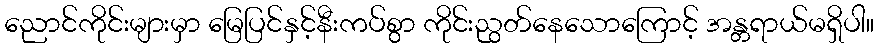
ညောင်ကိုင်းများမှာ မြေပြင်နှင့်နီးကပ်စွာ ကိုင်းညွတ်နေသောကြောင့် အန္တရာယ်မရှိပါ။